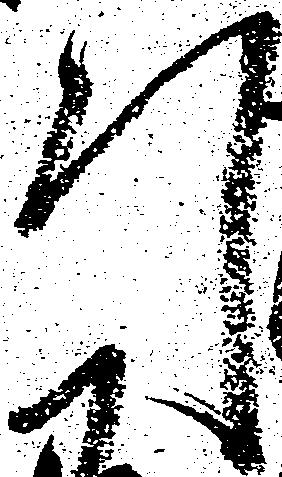
引